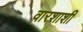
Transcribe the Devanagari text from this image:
वारशाशी